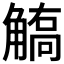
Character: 𧤦